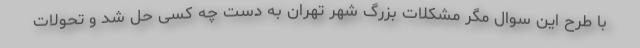
با طرح این سوال مگر مشکلات بزرگ شهر تهران به دست چه کسی حل شد و تحولات